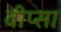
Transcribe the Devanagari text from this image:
वीप्सा